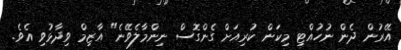
އޭރުން ދެން ނުހުއްޓި މިކަން ކުރިއަށް ގެންގޮސް ނިންމާލެވޭނެ" އާޒިމް ވިދާޅުވި އެވެ.